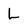
Character: L